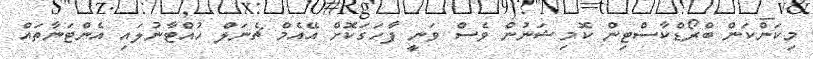
މިކަންކަން ބްރޯޑްކާސްޓިން ކޮމިޝަނުން ވެސް ވަނީ ފާހަގަކޮށް އޭއެމް ޗެނަލް ހުއްޓާނުލައި އެންޓަނާތައް